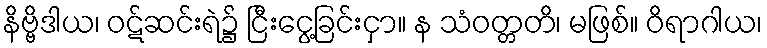
နိဗ္ဗိဒါယ၊ ဝဋ်ဆင်းရဲ၌ ငြီးငွေ့ခြင်းငှာ။ န သံဝတ္တတိ၊ မဖြစ်။ ဝိရာဂါယ၊